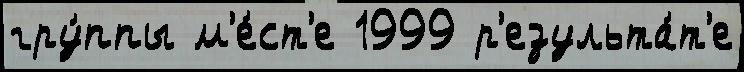
гру́ппы м'е́ст'е 1999 р'езульта́т'е